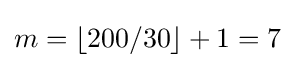
m=\left\lfloor 200/30\right\rfloor +1=7